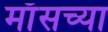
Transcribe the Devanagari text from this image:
माँसच्या